Lunatic asylums Bombay report 1878-1890 - 1878-1890
Year: 1878
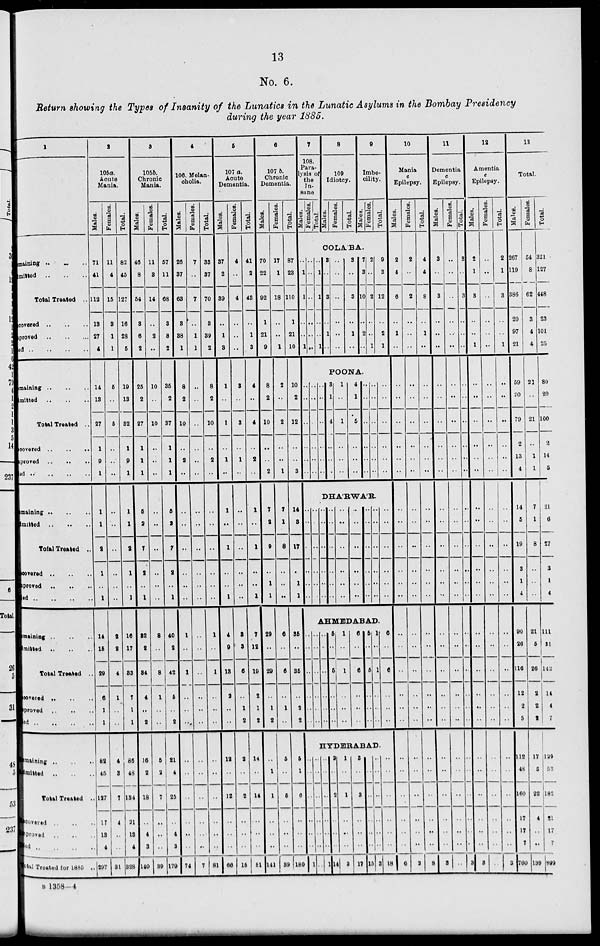
13
No. 6.
Return showing the Types of Insanity of the Lunatics in the Lunatic Asylums in the Bombay Presidency
during the year 1885.
1
Remaing .. .. ..
Admitted
..
..
..
Total Treated ..
Recovered
..
..
..
Improved .. .. ..
ed
..
..
..
..
Remaining
..
..
..
Admitted
..
..
..
Total Treated ..
Recovered
..
..
..
improved
..
..
..
ed .. .. .. ..
Remaining .. .. ..
Admitted .. .. ..
Total Treated ..
Recovered .. .. ..
improved .. .. ..
ed
..
..
..
..
Remaining .. .. ..
Admitted .. .. ..
Total Treated ..
Recovered .. .. ..
improved .. .. ..
ed
..
..
..
..
Remaining .. .. ..
Admitted .. .. ..
Total Treated ..
Recovered .. .. ..
improved .. .. ..
ed .. .. .. ..
Total Treated for 1885 ..
2
105a.
Acute
Mania.
Males.
71
41
112
13
27
4
14
13
27
1
9
1
1
1
2
1
..
1
14
15
29
6
1
1
82
45
127
17
18
4
297
Females.
11
4
15
3
1
1
5
..
5
..
..
..
..
..
..
..
..
..
2
2
4
1
..
..
4
3
7
4
..
..
31
Total.
82
45
127
16
28
5
19
13
32
1
9
1
1
1
2
1
..
1
16
17
33
7
1
1
86
48
134
21
18
4
328
3
105b.
Chronic
Mania.
Males.
46
8
54
3
6
2
25
2
27
1
1
1
5
2
7
2
..
1
32
2
34
4
..
2
16
2
18
..
4
3
140
Females.
11
8
14
..
2
..
10
..
10
..
..
..
..
..
..
..
..
..
8
..
8
1
..
..
6
2
7
..
..
..
39
Total.
57
11
68
3
8
2
35
2
37
1
1
1
5
2
7
2
..
1
40
2
42
5
..
2
21
4
25
..
4
3
179
4
106. Melan.
cholia.
Males.
26
37
63
3
38
1
8
2
10
..
2
..
..
..
..
..
..
..
1
..
1
..
..
..
..
..
..
..
..
..
74
Females.
7
..
7
..
1
1
..
..
..
..
..
..
..
..
..
..
..
..
..
..
..
..
..
..
..
..
..
..
..
..
7
Total.
33
37
70
3
39
2
8
2
10
..
2
..
..
..
..
..
..
..
1
..
1
..
..
..
..
..
..
..
..
..
81
5
107 a.
Acute
Dementia.
Males.
37
2
39
..
1
3
1
..
1
..
1
..
1
..
1
..
..
1
4
9
13
2
..
..
12
..
12
..
..
..
66
Females.
4
..
4
..
..
..
3
..
3
..
1
..
..
..
..
..
..
..
3
3
6
..
1
2
2
..
2
..
..
..
15
Total.
41
2
43
..
1
3
4
..
4
..
2
..
1
..
1
..
..
1
7
12
19
2
1
2
14
..
14
..
..
..
81
6
107 b.
Chronic
Dementia.
Males.
70
22
92
1
21
9
8
2
10
..
..
2
7
2
9
..
1
1
29
..
29
..
1
2
..
1
1
..
..
..
141
Females.
17
1
18
..
..
1
2
..
2
..
..
1
7
1
8
..
..
..
6
..
6
..
1
..
5
..
5
..
..
..
89
Total.
87
23
110
1
21
10
10
2
12
..
..
3
14
3
17
..
1
1
35
..
35
..
2
2
5
1
6
..
..
..
180
7
108.
Para-
lysis of
the
In-
sane
Males.
Females.
Total.
8
109
Idiotcy.
Males.
Females.
Total.
9
Imbe-
cility.
Males.
females.
Total.
COLÁBA.
..
1
1
..
..
1
..
..
..
..
..
..
..
1
1
..
..
1
3
..
3
..
1
..
..
..
..
..
..
..
3
..
3
..
1
..
7
3
10
..
2
..
2
..
2
..
..
1
9
3
12
..
2
1
POONA.
..
..
..
..
..
..
..
..
..
..
..
..
..
..
..
..
..
..
3
1
4
..
..
..
1
..
1
..
..
..
4
1
5
..
..
..
..
..
..
..
..
..
..
..
..
..
..
..
..
..
..
..
..
..
DHÁRWÁR.
..
..
..
..
..
..
..
..
..
..
..
..
..
..
..
..
..
..
..
..
..
..
..
..
..
..
..
..
..
..
..
..
..
..
..
..
..
..
..
..
..
..
..
..
..
..
..
..
..
..
..
..
..
..
AHMEDABAD.
..
..
..
..
..
..
..
..
..
..
..
..
..
..
..
..
..
..
5
..
5
..
..
..
1
..
1
..
..
..
6
..
6
..
..
..
5
..
5
..
..
..
1
..
1
..
..
..
6
..
6
..
..
..
HYDERABAD.
..
..
..
..
..
..
1
..
..
..
..
..
..
..
..
..
..
..
..
..
1
2
..
2
..
..
..
14
1
..
1
..
..
..
3
3
..
3
..
..
..
17
..
..
..
..
..
..
15
..
..
..
..
..
..
3
..
..
..
..
..
..
18
10
Mania
c
Epilepsy.
Males.
2
4
6
..
1
..
..
..
..
..
..
..
..
..
..
..
..
..
..
..
..
..
..
..
..
..
..
..
..
..
6
Females.
2
..
2
..
..
..
..
..
..
..
..
..
..
..
..
..
..
..
..
..
..
..
..
..
..
..
..
..
..
..
2
Total.
4
4
8
..
1
..
..
..
..
..
..
..
..
..
..
..
..
..
..
..
..
..
..
..
..
..
..
..
..
..
8
11
Dementia
c
Epilepsy.
Males.
3
..
3
..
..
..
..
..
..
..
..
..
..
..
..
..
..
..
..
..
..
..
..
..
..
..
..
..
..
..
3
Females.
..
..
..
..
..
..
..
..
..
..
..
..
..
..
..
..
..
..
..
..
..
..
..
..
..
..
..
..
..
..
..
Total.
3
..
3
..
..
..
..
..
..
..
..
..
..
..
..
..
..
..
..
..
..
..
..
..
..
..
..
..
..
..
3
12
Amentia
c
Epilepsy.
Males.
2
1
3
..
..
1
..
..
..
..
..
..
..
..
..
..
..
..
..
..
..
..
..
..
..
..
..
..
..
..
3
Females.
..
..
..
..
..
..
..
..
..
..
..
..
..
..
..
..
..
..
..
..
..
..
..
..
..
..
..
..
..
..
..
Total.
2
1
3
..
..
1
..
..
..
..
..
..
..
..
..
..
..
..
..
..
..
..
..
..
..
..
..
..
..
..
3
13
Total.
Males.
267
119
386
20
97
21
59
20
79
2
13
4
14
5
19
3
1
4
90
26
116
12
2
5
112
48
160
17
17
7
760
Females.
54
8
62
3
4
4
21
..
21
..
1
1
7
1
8
..
..
..
21
5
26
2
2
2
17
5
22
4
..
..
139
Total.
321
127
448
23
101
25
80
20
100
2
14
5
21
6
27
3
1
4
111
31
142
14
4
7
129
53
182
21
17
7
899
B 1358—4